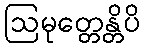
ဩမုတ္တေန္တိပိ